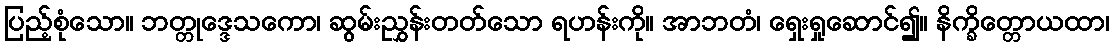
ပြည့်စုံသော။ ဘတ္တုဒ္ဒေသကော၊ ဆွမ်းညွှန်းတတ်သော ရဟန်းကို။ အာဘတံ၊ ရှေးရှုဆောင်၍။ နိက္ခိတ္တောယထာ၊